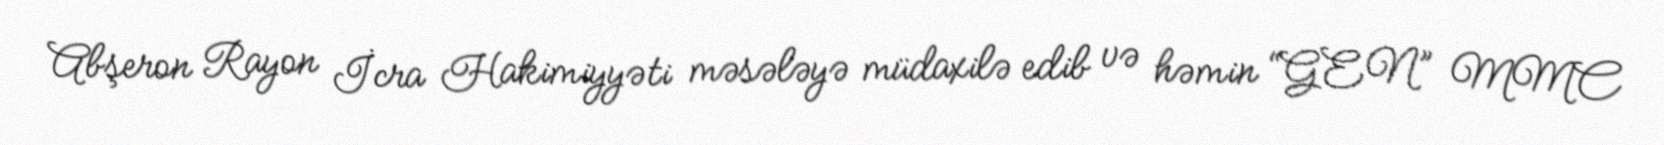
Abşeron Rayon İcra Hakimiyyəti məsələyə müdaxilə edib və həmin “GEN” MMC